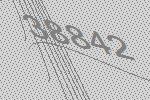
38842